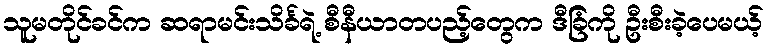
သူမတိုင်ခင်က ဆရာမင်းသိင်္ခရဲ့ စီနီယာတပည့်တွေက ဒီခြံကို ဦးစီးခဲ့ပေမယ့်